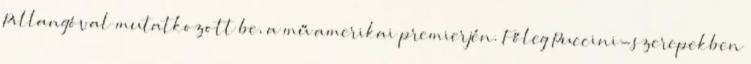
Pillangóval mutatkozott be, a mű amerikai premierjén. Főleg Puccini-szerepekben